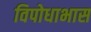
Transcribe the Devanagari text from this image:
विपोधाभास